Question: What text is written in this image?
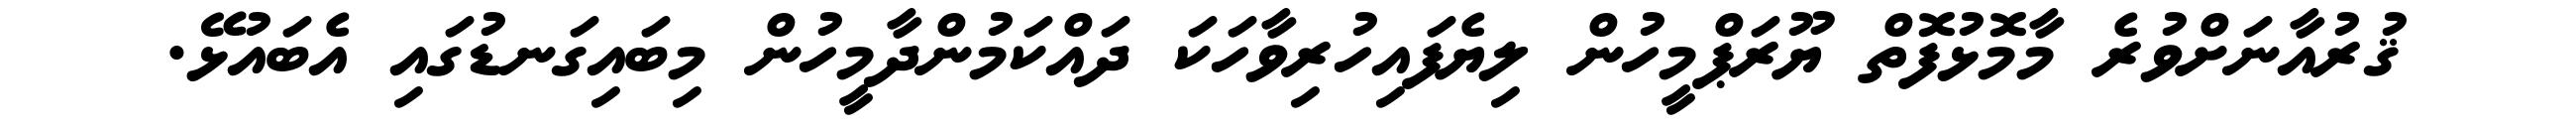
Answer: ޤުރުއާނަށްވުރެ މާމޮޅުފޮތް ޔޫރަޕްމީހުން ލިޔެފައިހުރިވާހަކަ ދައްކަމުންދާމީހުން މިބައިގަނޑުގައި އެބައުޅޭ.